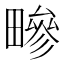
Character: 㽩